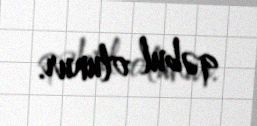
qəbul olunur.